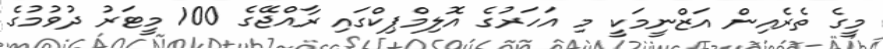
މީގެ ތެރެއިން އަޒްނީމަކީ މި އަހަރުގެ އޮލިމްޕިކްގައި ރާއްޖޭގެ 100 މީޓަރު ދުވުމުގެ